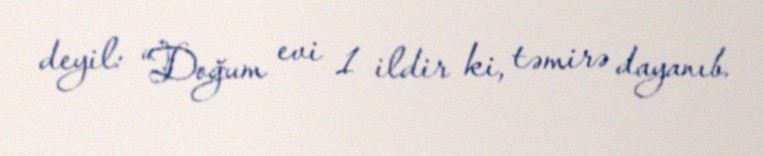
deyil: “Doğum evi 1 ildir ki, təmirə dayanıb.